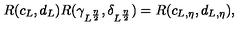
R ( c _ { L } , d _ { L } ) R ( \gamma _ { L ^ { \frac { \eta } { 2 } } } , \delta _ { L ^ { \frac { \eta } { 2 } } } ) = R ( c _ { L , \eta } , d _ { L , \eta } ) ,